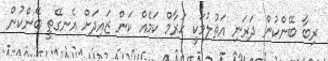
ރިބާ ބޭންކުން ދަރަނި އަތުލުމަކީ ޙަރާމް ކަމެއް ކަން ޒައިދަށް އެނގޭތީ ބޭންކުން